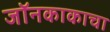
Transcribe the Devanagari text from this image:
जॉनकाकाचा